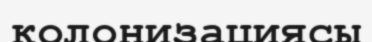
колонизациясы